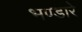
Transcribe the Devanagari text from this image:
भण्‍डारे